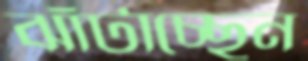
ঝাঁটাচ্ছেন